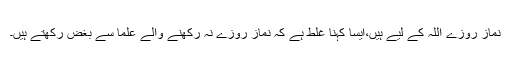
نماز روزے اللہ کے لیے ہیں،ایسا کہنا غلط ہے کہ نماز روزے نہ رکھنے والے علما سے بغض رکھتے ہیں۔